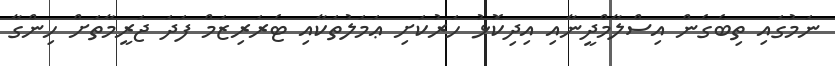
ނަމުގައި ތިބެގެން އިސްލާމްދީނާއި އިދިކޮޅު ހަރުކަށި ޢަމަލުތަކާއި ޓެރަރިޒަމް ފަދަ ޖަރީމާތަށް ހިންގާ